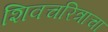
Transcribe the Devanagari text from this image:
शिवचरित्राचा